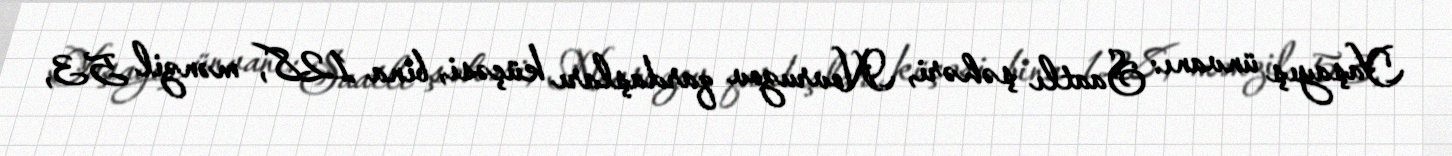
Yaşayış ünvanı: Saatlı şəhəri, Novruzov qardaşları küçəsi, bina 128, mənzil 53,